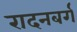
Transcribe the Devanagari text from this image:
रादनबर्ग